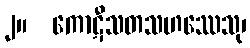
၂။  ကောဋီသတသဟဿေသု၊